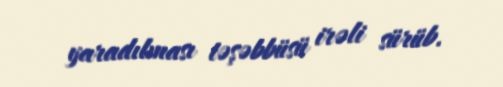
yaradılması təşəbbüsü irəli sürüb.